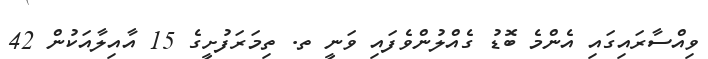
ވިއްސާރައިގައި އެންމެ ބޮޑު ގެއްލުންވެފައި ވަނީ ތ. ތިމަރަފުށީގެ 15 އާއިލާއަކުން 42